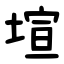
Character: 塇